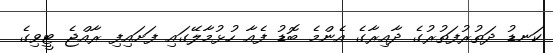
ކަނޑު ދަތުރުފަތުރުގެ ދާއިރާގެ އެންމެ ބޮޑު ފެއާ ހުޅުމާލޭގައި ފަށައިފި ރާއްޖެ ޓީވިގެ